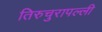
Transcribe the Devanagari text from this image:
तिरुचुरापल्ली